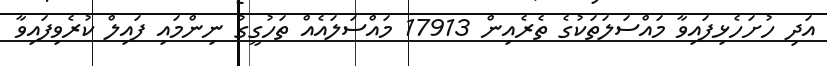
އަދި ހުށަހެޅިފައިވާ މައްސަލަތަކުގެ ތެރެއިން 17913 މައްސަލައެއް ތަހުގީގު ނިންމައި ފައިލް ކުރެވިފައިވާ